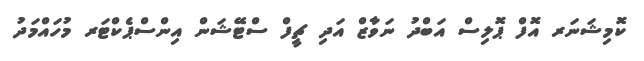
ކޮމިޝަނަރ އޮފް ޕޮލިސް އަބްދު ނަވާޒް އަދި ޗީފް ސްޓޭޝަން އިންސްޕެކްޓަރ މުހައްމަދު